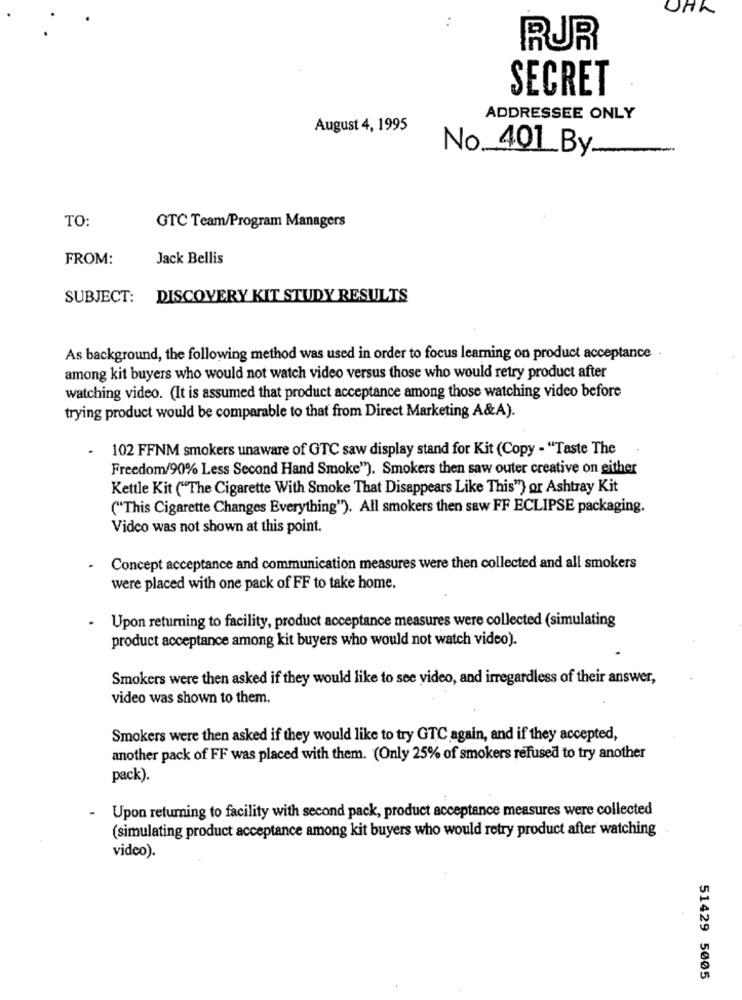
RUR
SECRET
ADDRESSEE ONLY
August 4, 1995
No 401 By
TO:
GTC Team/Program Managers
FROM:
Jack Bellis
SUBJECT: DISCOVERY KIT STUDY RESULTS
As background, the following method was used in order to focus learning on product acceptance -
among kit buyers who would not watch video versus those who would retry product after
watching video. (It is assumed that product acceptance among those watching video before
trying product would be comparable to that from Direct Marketing A&A).
102 FFNM smokers unaware of GTC saw display stand for Kit (Copy - "Taste The
Freedom/90% Less Second Hand Smoke"). Smokers then saw outer creative on either
Kettle Kit ("The Cigarette With Smoke That Disappears Like This") or Ashtray Kit
("This Cigarette Changes Everything"). All smokers then saw FF ECLIPSE packaging.
Video was not shown at this point.
Concept acceptance and communication measures were then collected and all smokers
were placed with one pack of FF to take home.
Upon returning to facility, product acceptance measures were collected (simulating
product acceptance among kit buyers who would not watch video).
Smokers were then asked if they would like to see video, and irregardless of their answer,
video was shown to them.
Smokers were then asked if they would like to try GTC again, and if they accepted,
another pack of FF was placed with them. (Only 25% of smokers refused to try another
pack).
Upon returning to facility with second pack, product acceptance measures were collected
(simulating product acceptance among kit buyers who would retry product after watching
video).
51429 5005